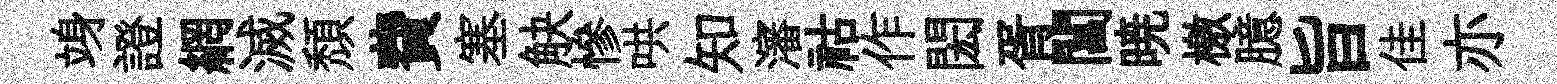
竧證網滅頹費塞觖慘哄知瀋祜作閎胥閶暁檄臆旨佳亦